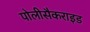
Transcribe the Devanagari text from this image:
पोलीसैकराइड